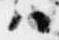
ハ